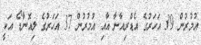
އުމުރުން 39 އަހަރުގެ އެޑްރިއާނާ އާއި އުމުރުން 37 އަހަރުގެ ލިއޮނާޑޯ އަކީ